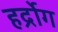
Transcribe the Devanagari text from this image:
हर्द्रोग